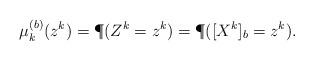
LaTeX: \begin{align*}\mu_k^{(b)}(z^k)=\P(Z^k=z^k)=\P([X^k]_b=z^k).\end{align*}